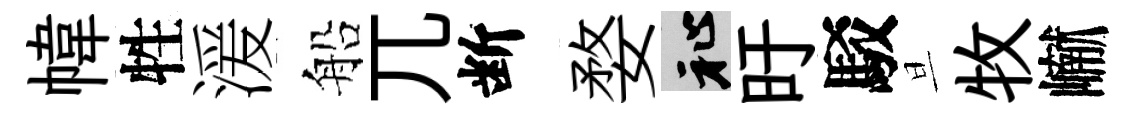
幃牲湲船兀断婺祉旴駁旦牧𪩘